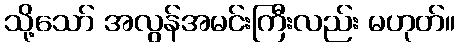
သို့သော် အလွန်အမင်းကြီးလည်း မဟုတ်။